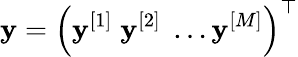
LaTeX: \mathbf{y}=\left(\mathbf{y}^{[1]}\; \mathbf{y}^{[2]}\; \ldots\mathbf{y}^{[M]}\right)^{\top}